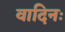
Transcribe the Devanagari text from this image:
वादिनः